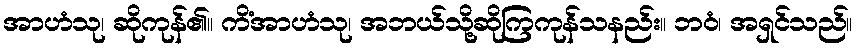
အာဟံသု၊ ဆိုကုန်၏။ ကိံအာဟံသု၊ အဘယ်သို့ဆိုကြကုန်သနည်း။ ဘဝံ၊ အရှင်သည်။